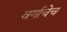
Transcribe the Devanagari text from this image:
वर्गाचेच